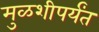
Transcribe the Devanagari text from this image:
मुळशीपर्यंत